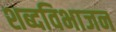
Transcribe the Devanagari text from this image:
शब्दविभाजन